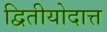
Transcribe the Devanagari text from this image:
द्वितीयोदात्त